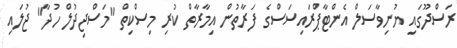
ރަސްދޫގައި ޔުނިވާސަލް އެންޓާޕްރައިސަސްގެ ފަރާތުން އިމާރާތް ކުރި މިސްކިތް "މަސްޖިދުލް ހުދާ" ޖުލައި